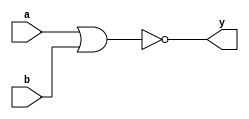
module nor_gate_assign (
       input a,
       input b,
       output y
   );
       assign y = ~ ( a | b );
endmodule